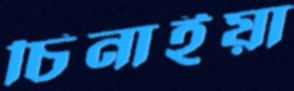
চিনাইয়া